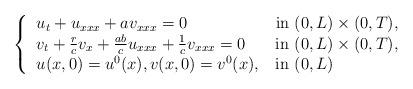
LaTeX: \begin{align*}\left\lbrace \begin{tabular}{l l}$u_t + u_{xxx} + av_{xxx} =0$ & in $(0,L)\times (0,T)$,\\$v_t +\frac{r}{c}v_x+\frac{ab}{c}u_{xxx} + \frac{1}{c}v_{xxx} =0$ & in $(0,L)\times (0,T)$,\\$u(x,0)=u^0(x), v(x,0) = v^0(x)$, & in $(0,L)$\end{tabular}\right.\end{align*}